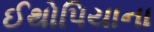
ઈથોપિયાના